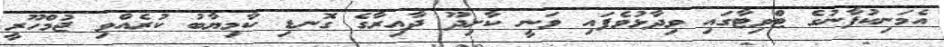
އެމަނިކުފާނުގެ ޓްވިޓާގައި ވިދާޅުވެފައި ވަނީ ކާށިދޫ ދާއިރާގެ ގޮނޑި ކާމިޔާބު ކުރެއްވި ޖުމްހޫރީ